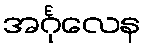
အင်္ဂုလေန